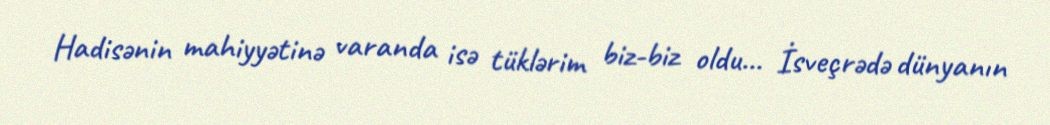
Hadisənin mahiyyətinə varanda isə tüklərim biz-biz oldu... İsveçrədə dünyanın